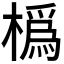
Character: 𪳵